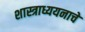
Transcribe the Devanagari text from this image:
शास्त्राध्ययनाचे